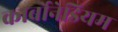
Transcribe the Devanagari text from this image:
कार्बोनेडियम